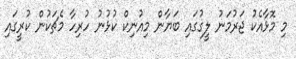
މި މޮޅާއެކު ޖަރުމަނު ލީގުގައި ބަޔާން މިއުނިކް ކުޅުނު ހުރިހާ މެޗަކުން ކުރީގައި